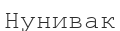
Нунивак